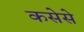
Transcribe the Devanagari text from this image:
कसेसे